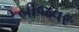
બીજવર